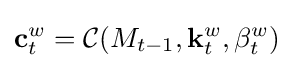
\mathbf {c} _{t}^{w}={\mathcal {C}}(M_{t-1},\mathbf {k} _{t}^{w},\beta _{t}^{w})